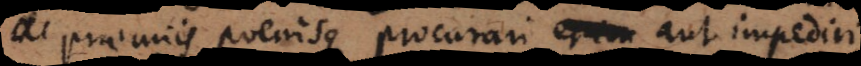
praemiis poenisque procurari aut impediri